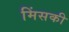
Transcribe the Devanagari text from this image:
मिंसकी